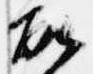
故